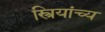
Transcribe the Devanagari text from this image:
स्त्रियांच्य